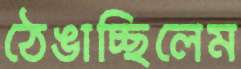
ঠেঙাচ্ছিলেম